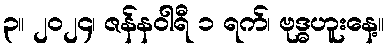
၃။ ၂၀၂၄၊ ဇန်နဝါရီ ၁ ရက်၊ ဗုဒ္ဓဟူးနေ့။